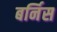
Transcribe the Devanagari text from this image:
बर्निस